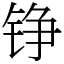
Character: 铮